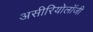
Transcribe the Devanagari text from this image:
असीरियोलॉजी